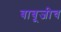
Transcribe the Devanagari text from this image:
बाबूजीच